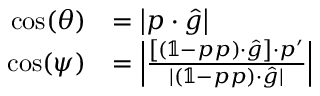
\begin{array} { r l } { \cos ( \theta ) } & { = \left| \boldsymbol { p } \cdot \boldsymbol { \hat { g } } \right| } \\ { \cos ( \psi ) } & { = \left| \frac { \left[ \left( \mathbb { 1 } - \boldsymbol { p } \boldsymbol { p } \right) \cdot \boldsymbol { \hat { g } } \right] \cdot \boldsymbol { p ^ { \prime } } } { | \left( \mathbb { 1 } - \boldsymbol { p } \boldsymbol { p } \right) \cdot \boldsymbol { \hat { g } } | } \right| } \end{array}